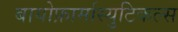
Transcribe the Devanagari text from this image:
बायोफ़ार्मास्युटिकल्स